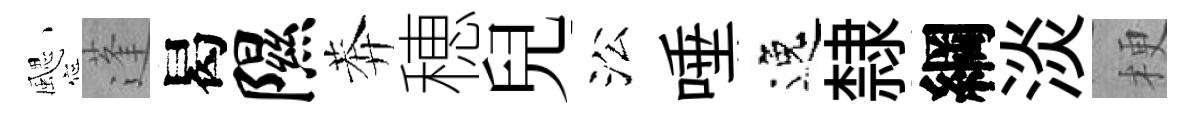
颸蓬曷隰莾穂兒㳂唾逸隸綱淡梗